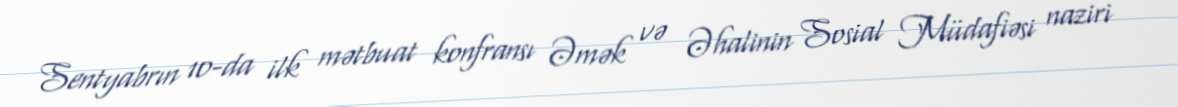
Sentyabrın 10-da ilk mətbuat konfransı Əmək və Əhalinin Sosial Müdafiəsi naziri